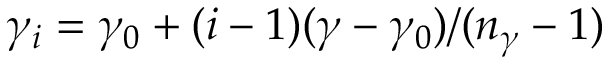
\gamma _ { i } = \gamma _ { 0 } + ( i - 1 ) ( \gamma - \gamma _ { 0 } ) / ( n _ { \gamma } - 1 )